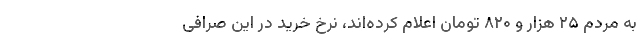
به مردم ۲۵ هزار و ۸۲۰ تومان اعلام کرده‌اند، نرخ خرید در این صرافی